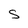
Character: 5